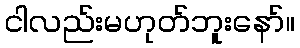
ငါလည်းမဟုတ်ဘူးနော်။